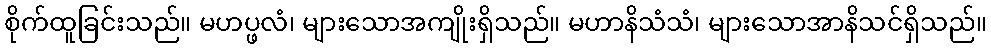
စိုက်ထူခြင်းသည်။ မဟပ္ဖလံ၊ များသောအကျိုးရှိသည်။ မဟာနိသံသံ၊ များသောအာနိသင်ရှိသည်။